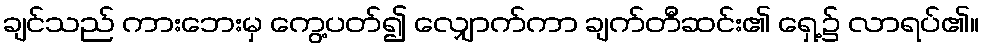
ချင်သည် ကားဘေးမှ ကွေ့ပတ်၍ လျှောက်ကာ ချက်တီဆင်း၏ ရှေ့၌ လာရပ်၏။